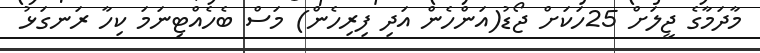
މާދަމާގެ ޖީލަށް 25ހަކަށް ޖޯޑު(އަންހެން އަދި ފިރިހެން) މަސް ބެހެއްޓިނަމަ ކިހާ ރަނގަޅު